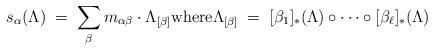
LaTeX: \begin{align*} s_\alpha(\Lambda) \;=\; \sum_{\beta} m_{\alpha \beta} \cdot \Lambda_{[\beta]} \textnormal{where} \Lambda_{[\beta]} \;=\; [\beta_1]_*(\Lambda) \circ \cdots \circ [\beta_\ell]_*(\Lambda)\end{align*}